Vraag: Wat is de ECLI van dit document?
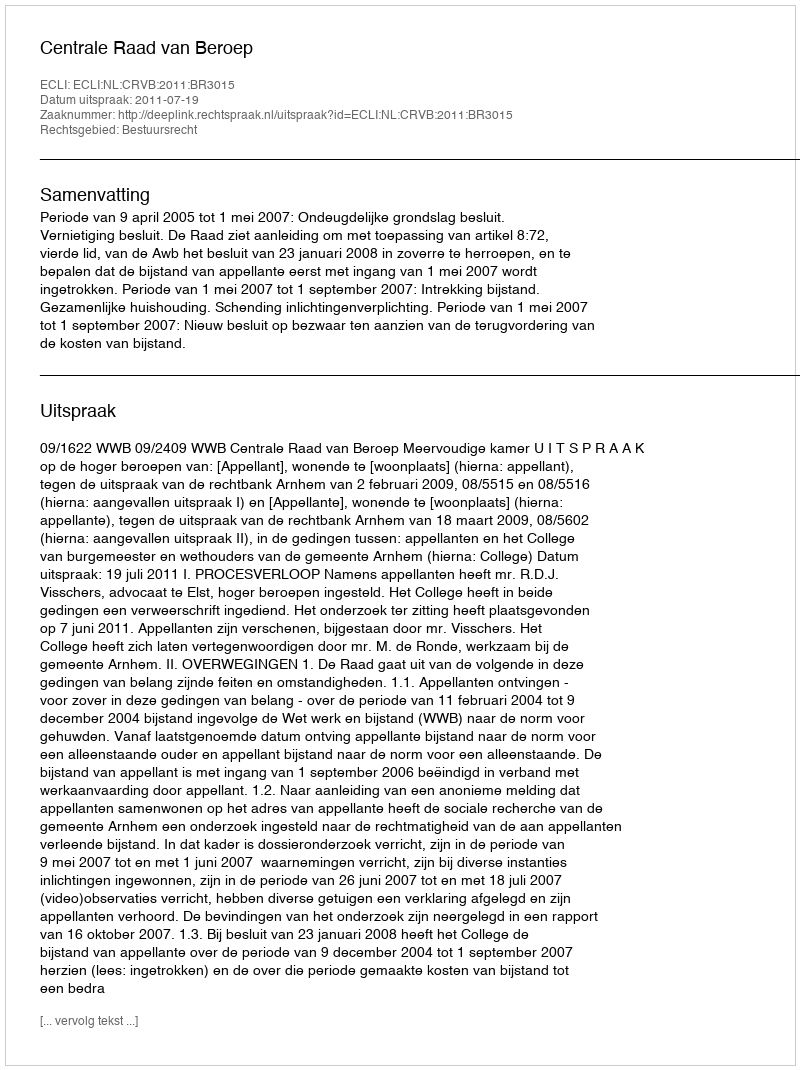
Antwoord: ECLI:NL:CRVB:2011:BR3015